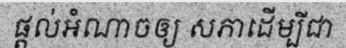
ផ្តល់អំណាចឲ្យ សភាដើម្បីជា